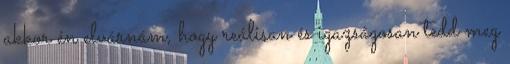
akkor én elvárnám, hogy reálisan és igazságosan tedd meg